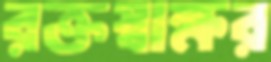
রক্তস্বাক্ষর